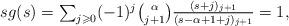
LaTeX: \begin{align*}\textstyle sg(s) & \textstyle = \sum_{j \geqslant 0}(-1)^j {\alpha \choose j+1} \frac{ (s+j)_{j+1}}{(s-\alpha+1+j)_{j+1}} = 1,\end{align*}